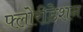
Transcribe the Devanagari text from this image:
फ्लोरीडेशन